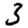
Digit: 3